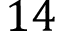
1 4